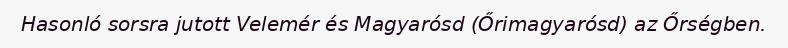
Hasonló sorsra jutott Velemér és Magyarósd (Őrimagyarósd) az Őrségben.